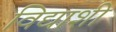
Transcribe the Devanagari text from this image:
विद्याशी